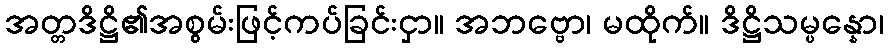
အတ္တဒိဋ္ဌိ၏အစွမ်းဖြင့်ကပ်ခြင်းငှာ။ အဘဗ္ဗော၊ မထိုက်။ ဒိဋ္ဌိသမ္ပန္နော၊